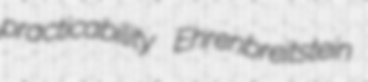
practicability Ehrenbreitstein